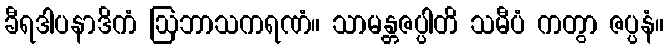
ခီရဒါပနာဒိကံ ဩဘာသကရဏံ။ သာမန္တဇပ္ပါတိ သမီပံ ကတွာ ဇပ္ပနံ။